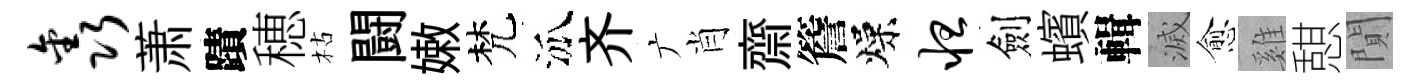
鑫萧蹟穂枯闘嫩梵泒齐广肖齋簷燥怛劍蠙輯滅愈雞憇閴